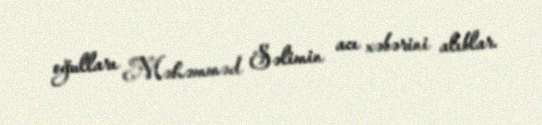
oğulları Məhəmməd Səlimin acı xəbərini alıblar.